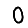
Digit: 0